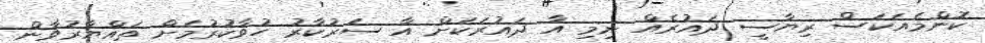
ކޮންމެއަކަސް ރިޔާސީ ދައުރެއް ނިމި އާ ދައުރަކަށް އާ ސަރުކާރު ހުވާކުރުމަށް ތައްޔާރުވާން